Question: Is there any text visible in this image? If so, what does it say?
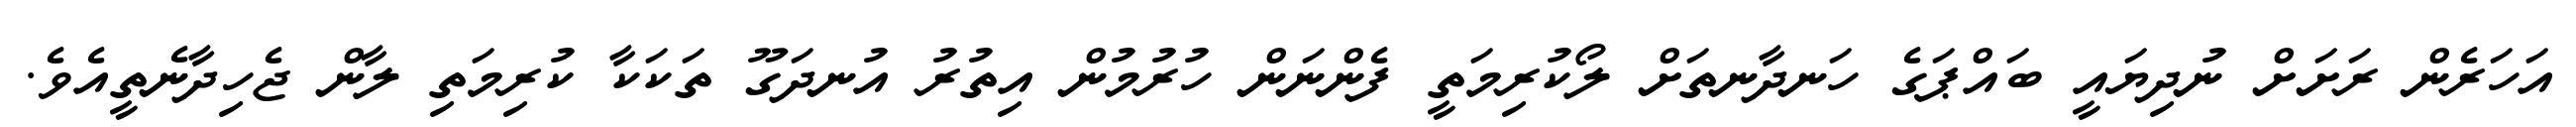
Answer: އަހަރެން ރަށަށް ނުދިޔައީ ބައްޕަގެ ހަނދާނތަށް ލޯކުރިމަތީ ފެންނަން ހުރުމުން އިތުރު އުނދަގޫ ތަކަކާ ކުރިމަތި ލާން ޖެހިދާނެތީއެވެ.